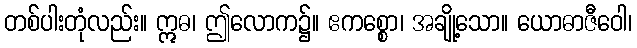
တစ်ပါးတုံလည်း။ ဣဓ၊ ဤလောက၌။ ဧကစ္စော၊ အချို့သော။ ယောဓာဇီဝေါ၊